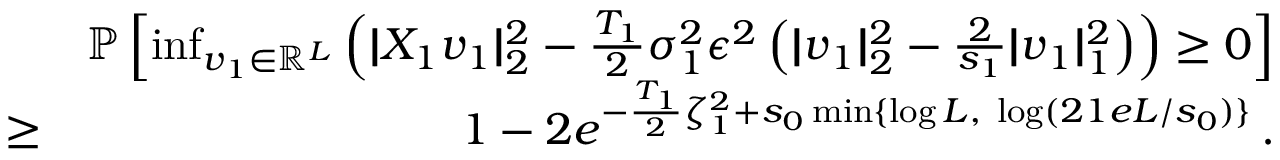
\begin{array} { r l r } & { } & { \mathbb P \left[ \operatorname* { i n f } _ { \boldsymbol { v } _ { 1 } \in \mathbb R ^ { L } } \left( | \! | X _ { 1 } \boldsymbol { v } _ { 1 } | \! | _ { 2 } ^ { 2 } - \frac { T _ { 1 } } 2 \sigma _ { 1 } ^ { 2 } \epsilon ^ { 2 } \left( | \! | \boldsymbol { v } _ { 1 } | \! | _ { 2 } ^ { 2 } - \frac 2 { s _ { 1 } } | \! | \boldsymbol { v } _ { 1 } | \! | _ { 1 } ^ { 2 } \right) \right) \geq 0 \right] } \\ & { \geq } & { 1 - 2 e ^ { - \frac { T _ { 1 } } 2 \zeta _ { 1 } ^ { 2 } + s _ { 0 } \operatorname* { m i n } \{ \log L , ~ \log ( 2 1 e L / s _ { 0 } ) \} } \, . } \end{array}